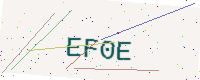
Text: EF0E